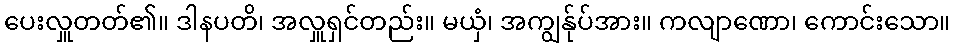
ပေးလှူတတ်၏။ ဒါနပတိ၊ အလှူရှင်တည်း။ မယှံ၊ အကျွန်ုပ်အား။ ကလျာဏော၊ ကောင်းသော။